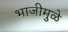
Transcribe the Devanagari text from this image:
भाजीमुळे